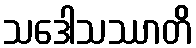
သဒေါသဿာတိ